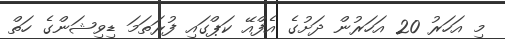
މި އަހަރު 20 އަހަރުން ދަށުގެ އެފްއޭ ކަޕްގައި ފުރަތަމަ ޑިވިޝަންގެ ހަތް